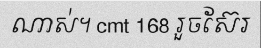
ណាស់។ cmt 168 រួចស៊ែរ